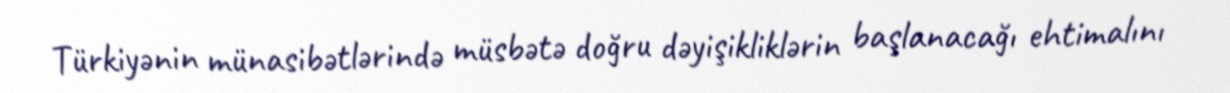
Türkiyənin münasibətlərində müsbətə doğru dəyişikliklərin başlanacağı ehtimalını